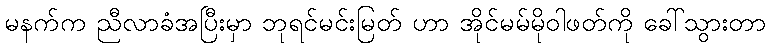
မနက်က ညီလာခံအပြီးမှာ ဘုရင်မင်းမြတ် ဟာ အိုင်မမ်မိုဝါဖတ်ကို ခေါ်သွားတာ